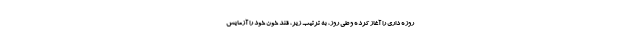
روزه داری را آغاز کرده و طی روز، به ترتیب زیر، قند خون خود را آزمایش